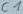
Text: C1